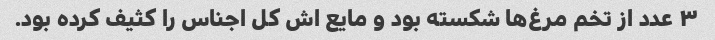
۳ عدد از تخم مرغ‌ها شکسته بود و مایع اش کل اجناس را کثیف کرده بود.